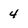
Character: 4